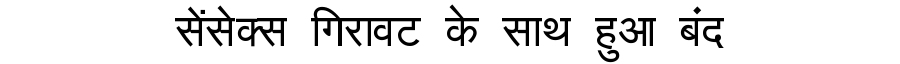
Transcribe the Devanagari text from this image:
सेंसेक्स गिरावट के साथ हुआ बंद